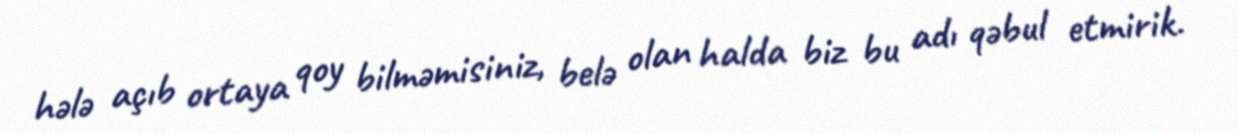
hələ açıb ortaya qoy bilməmisiniz, belə olan halda biz bu adı qəbul etmirik.